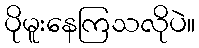
ပိုမူးနေကြသလိုပဲ။